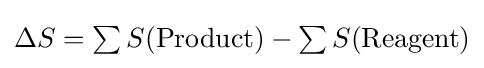
{\textstyle \Delta S=\sum S({\text{Product}})-\sum S({\text{Reagent}})}